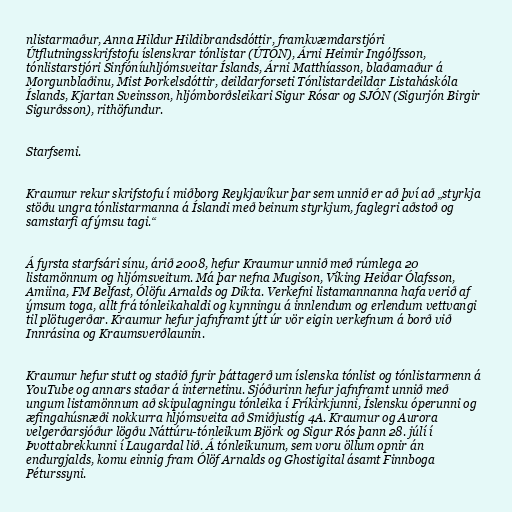
nlistarmaður, Anna Hildur Hildibrandsdóttir, framkvæmdarstjóri
Útflutningsskrifstofu íslenskrar tónlistar (ÚTÓN), Árni Heimir Ingólfsson,
tónlistarstjóri Sinfóníuhljómsveitar Íslands, Árni Matthíasson, blaðamaður á
Morgunblaðinu, Mist Þorkelsdóttir, deildarforseti Tónlistardeildar Listaháskóla
Íslands, Kjartan Sveinsson, hljómborðsleikari Sigur Rósar og SJÓN (Sigurjón Birgir
Sigurðsson), rithöfundur.

Starfsemi.

Kraumur rekur skrifstofu í miðborg Reykjavíkur þar sem unnið er að því að „styrkja
stöðu ungra tónlistarmanna á Íslandi með beinum styrkjum, faglegri aðstoð og
samstarfi af ýmsu tagi.“

Á fyrsta starfsári sínu, árið 2008, hefur Kraumur unnið með rúmlega 20
listamönnum og hljómsveitum. Má þar nefna Mugison, Víking Heiðar Ólafsson,
Amiina, FM Belfast, Ólöfu Arnalds og Dikta. Verkefni listamannanna hafa verið af
ýmsum toga, allt frá tónleikahaldi og kynningu á innlendum og erlendum vettvangi
til plötugerðar. Kraumur hefur jafnframt ýtt úr vör eigin verkefnum á borð við
Innrásina og Kraumsverðlaunin.

Kraumur hefur stutt og staðið fyrir þáttagerð um íslenska tónlist og tónlistarmenn á
YouTube og annars staðar á internetinu. Sjóðurinn hefur jafnframt unnið með
ungum listamönnum að skipulagningu tónleika í Fríkirkjunni, Íslensku óperunni og
æfingahúsnæði nokkurra hljómsveita að Smiðjustíg 4A. Kraumur og Aurora
velgerðarsjóður lögðu Náttúru-tónleikum Björk og Sigur Rós þann 28. júlí í
Þvottabrekkunni í Laugardal lið. Á tónleikunum, sem voru öllum opnir án
endurgjalds, komu einnig fram Ólöf Arnalds og Ghostigital ásamt Finnboga
Péturssyni.